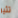
تثير